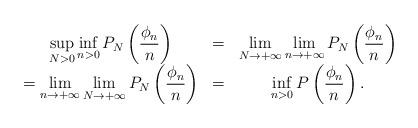
LaTeX: \begin{align*}\begin{array}{ccc}\sup\limits_{N > 0}\inf\limits_{n > 0}P_N\left(\dfrac{\phi_n}{n}\right) & = & \lim\limits_{N \to +\infty}\lim\limits_{n \to +\infty}P_N\left(\dfrac{\phi_n}{n}\right)\\= \lim\limits_{n \to +\infty}\lim\limits_{N \to +\infty}P_N\left(\dfrac{\phi_n}{n}\right) & = & \inf\limits_{n > 0}P\left(\dfrac{\phi_n}{n}\right).\end{array}\end{align*}